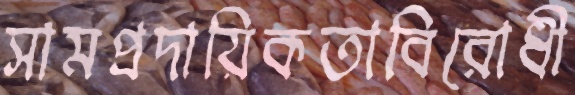
সামপ্রদায়িকতাবিরোধী